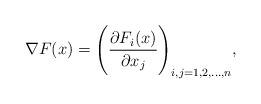
LaTeX: \begin{align*}\nabla F(x)=\Bigg (\frac{\partial F_i(x)}{\partial x_j}\Bigg)_{i,j=1,2,\ldots,n},\end{align*}